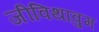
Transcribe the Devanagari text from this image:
जीविथावुम